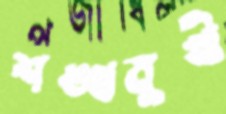
শঙ্খমুখী